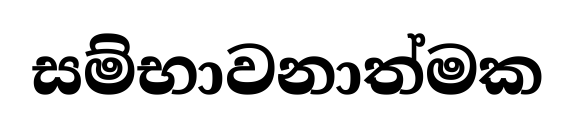
සම්භාවනාත්මක